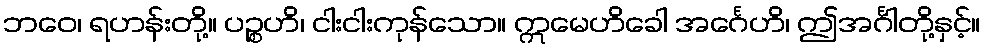
ဘဝေ၊ ရဟန်းတို့။ ပဉ္စဟိ၊ ငါးငါးကုန်သော။ ဣမေဟိခေါ အင်္ဂေဟိ၊ ဤအင်္ဂါတို့နှင့်။